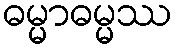
ဓမ္မာဓမ္မဿ